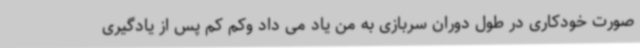
صورت خودکاری در طول دوران سربازی به من یاد می داد وکم کم پس از یادگیری